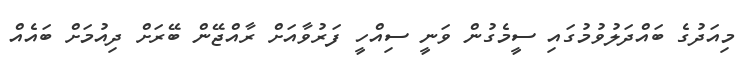
މިއަދުގެ ބައްދަލުވުމުގައި ސީމެގުން ވަނީ ސިއްހީ ފަރުވާއަށް ރާއްޖޭން ބޭރަށް ދިއުމަށް ބައެއް